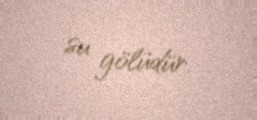
su gölüdür.